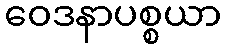
ဝေဒနာပစ္စယာ